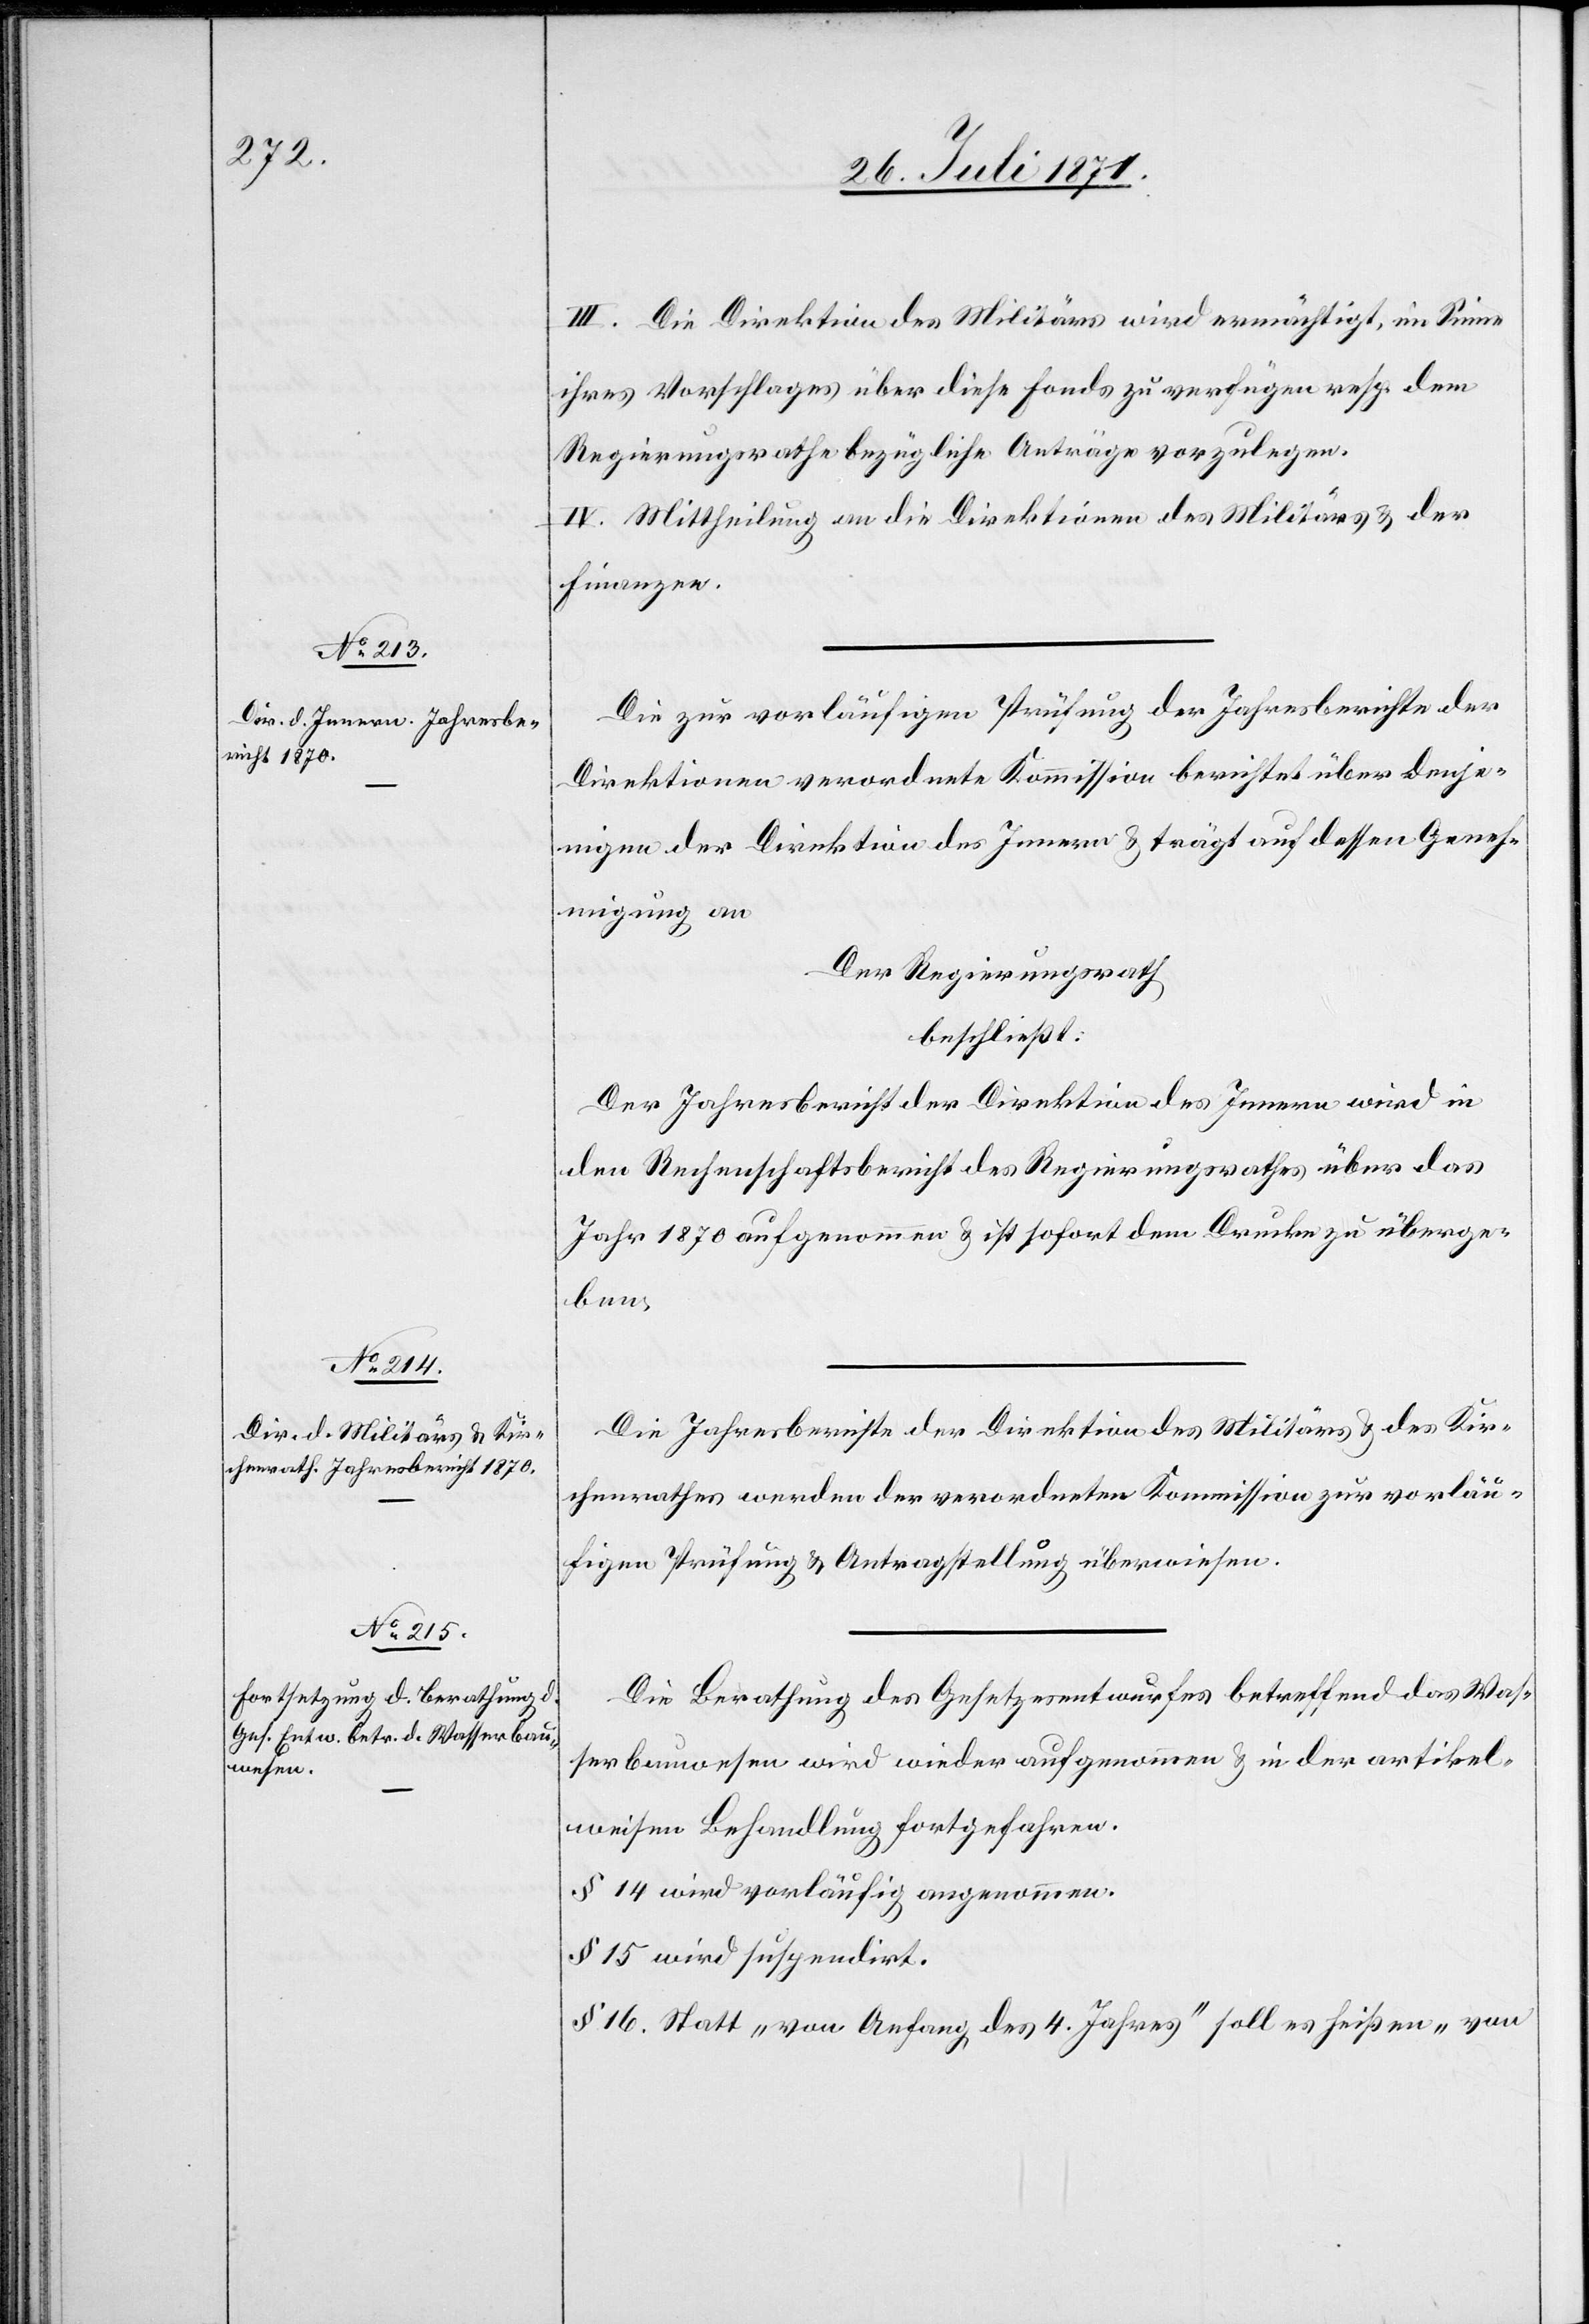
III. Die Direktion des Militärs wird ermächtigt, im Sinne
ihres Vorschlages über diese Fonds zu verfügen resp. dem
Regierungsrathe bezügliche Anträge vorzulegen.
IV. Mittheilung an die Direktion des Militärs u. der
Finanzen.
Die zur vorläufigen Prüfung der Jahresberichte der
Direktionen verordnete Kommission berichtet über denje¬
nigen der Direktion des Innern u. trägt auf dessen Geneh¬
migung an
Der Regierungsrath
beschließt:
Der Jahresbericht der Direktion des Innern wird in
den Rechenschaftsbericht des Regierungsrathes über das
Jahr 1870 aufgenommen u. ist sofort dem Drucke zu überge¬
ben.
Die Jahresberichte der Direktion des Militärs u. des Kir¬
chenrathes werden der verordneten Kommission zur vorläu¬
figen Prüfung u. Antragstellung überwiesen.
Die Berathung des Gesetzesentwurfes betreffend das Was¬
serbauwesen wird wieder aufgenommen u. in der artikel¬
weisen Behandlung fortgefahren.
§ 14 wird vorläufig angenommen.
§ 15 wird suspendirt.
§ 16. Statt „von Anfang des 4. Jahres“ soll es heißen „von